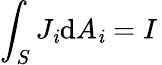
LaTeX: \int_{S}J_{\mathit{i}}\mathrm{{d}}A_{\mathit{i}}=I\,